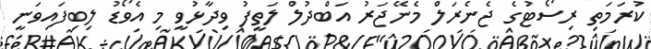
ކުރަމަތި ރިސޯޓުގެ ޖެނެރަލް މެނޭޖަރު އަބްދުލް ލަތީފު ވިދާޅުވީ މި އެވޯޑު ލިބިފައިވަނީ